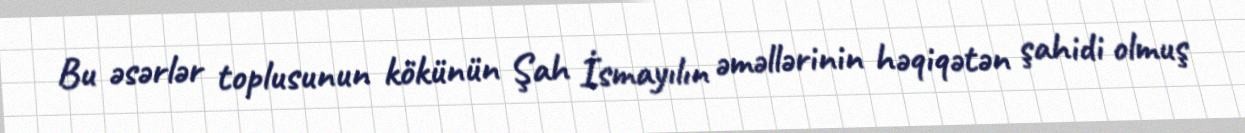
Bu əsərlər toplusunun kökünün Şah İsmayılın əməllərinin həqiqətən şahidi olmuş